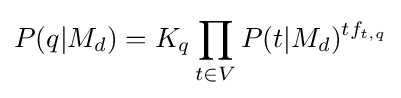
P(q|M_{d})=K_{q}\prod _{t\in V}P(t|M_{d})^{tf_{t,q}}